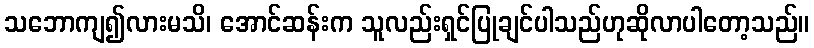
သဘောကျ၍လားမသိ၊ အောင်ဆန်းက သူလည်းရှင်ပြုချင်ပါသည်ဟုဆိုလာပါတော့သည်။